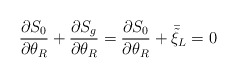
\begin{align*}\frac{\partial S_{0}}{\partial \theta_{R}} + \frac{\partial S_{g}}{\partial\theta_{R}} = \frac{\partial S_{0}}{\partial \theta_{R}} +\bar{\tilde{\xi}}_{L} = 0\end{align*}